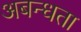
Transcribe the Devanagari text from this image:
अबन्धता